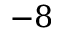
- 8